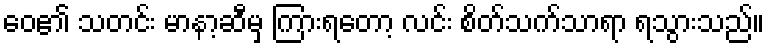
ဝေ၏ သတင်း မာနာ့ဆီမှ ကြားရတော့ လင်း စိတ်သက်သာရာ ရသွားသည်။